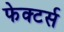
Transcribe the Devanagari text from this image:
फेक्टर्स